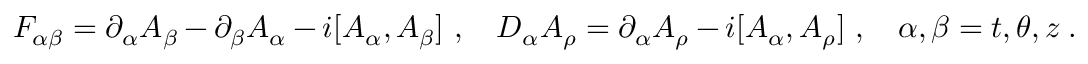
F _ { \alpha \beta } = \partial _ { \alpha } A _ { \beta } - \partial _ { \beta } A _ { \alpha } - i [ A _ { \alpha } , A _ { \beta } ] ~ , ~ ~ ~ D _ { \alpha } A _ { \rho } = \partial _ { \alpha } A _ { \rho } - i [ A _ { \alpha } , A _ { \rho } ] ~ , ~ ~ ~ \alpha , \beta = t , \theta , z \; .